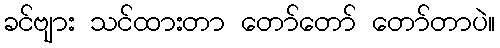
ခင်ဗျား သင်ထားတာ တော်တော် တော်တာပဲ။